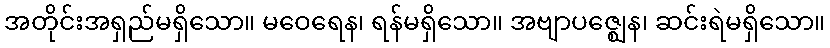
အတိုင်းအရှည်မရှိသော။ မဝေရေန၊ ရန်မရှိသော။ အဗျာပဇ္ဈေန၊ ဆင်းရဲမရှိသော။